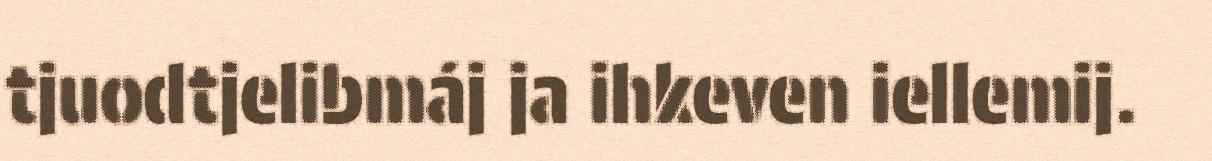
tjuodtjelibmáj ja ihkeven iellemij.